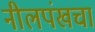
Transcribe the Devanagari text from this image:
नीलपंखचा